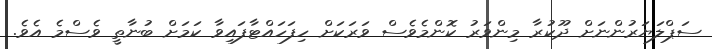
ސަޕްލަޔަރުންނަށް ދޫކުރާ މިންވަރު ކޮންމެވެސް ވަރަކަށް ހިފަހައްޓާފައިވާ ކަމަށް ބުނާތީ ވެސްމެ އެވެ.